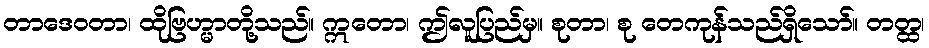
တာဒေဝတာ၊ ထိုဗြဟ္မာတို့သည်။ ဣတော၊ ဤလူပြည်မှ။ စုတာ၊ စု တေကုန်သည်ရှိသော်။ တတ္ထ၊